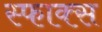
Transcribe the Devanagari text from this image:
स्फाक्स